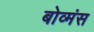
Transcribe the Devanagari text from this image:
बोव्मंस